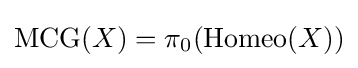
{\rm {MCG}}(X)=\pi _{0}({\rm {Homeo}}(X))